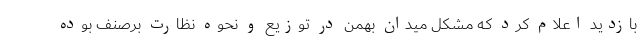
بازدید اعلام کرد که مشکل میدان بهمن در توزیع و نحوه نظارت برصنف بوده